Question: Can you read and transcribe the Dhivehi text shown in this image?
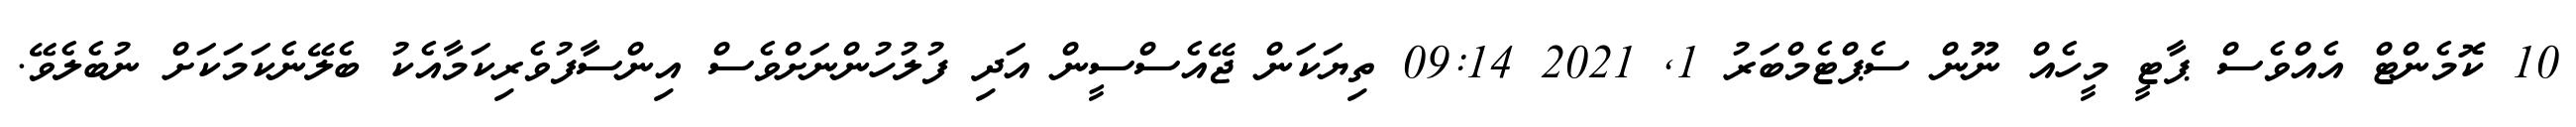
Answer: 10 ކޮމެންޓް އެއްވެސް ޕާޓީ މީހެއް ނޫން ސެޕްޓެމްބަރު 1, 2021 09:14 ތިޔަކަން ޖޭއެސްސީން އަދި ފުލުހުންނަށްވެސް އިންސާފުވެރިކަމާއެކު ބެލޭނެކަމަކަށް ނުބެލެވޭ.